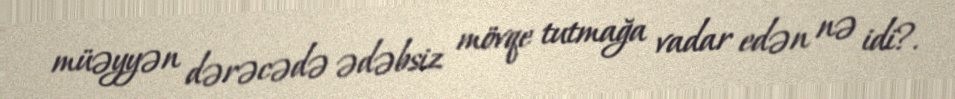
müəyyən dərəcədə ədəbsiz mövqe tutmağa vadar edən nə idi?.